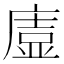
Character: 𭙰